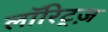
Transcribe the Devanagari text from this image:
लॉरिट्ज़